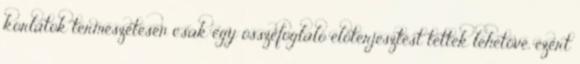
korlátok természetesen csak egy összefoglaló előterjesztést tettek lehetővé, ezért